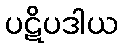
ပဋိပဒါယ